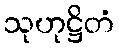
သုဟုဋ္ဌိတံ